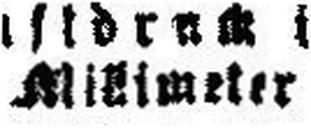
###imeter